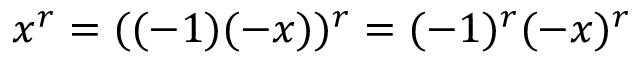
x ^ { r } = ( ( - 1 ) ( - x ) ) ^ { r } = ( - 1 ) ^ { r } ( - x ) ^ { r }